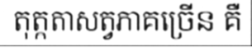
តុត្កតាសត្វភាគច្រើន គឺ